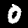
Label: 0